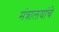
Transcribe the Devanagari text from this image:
मंत्रालयांचे